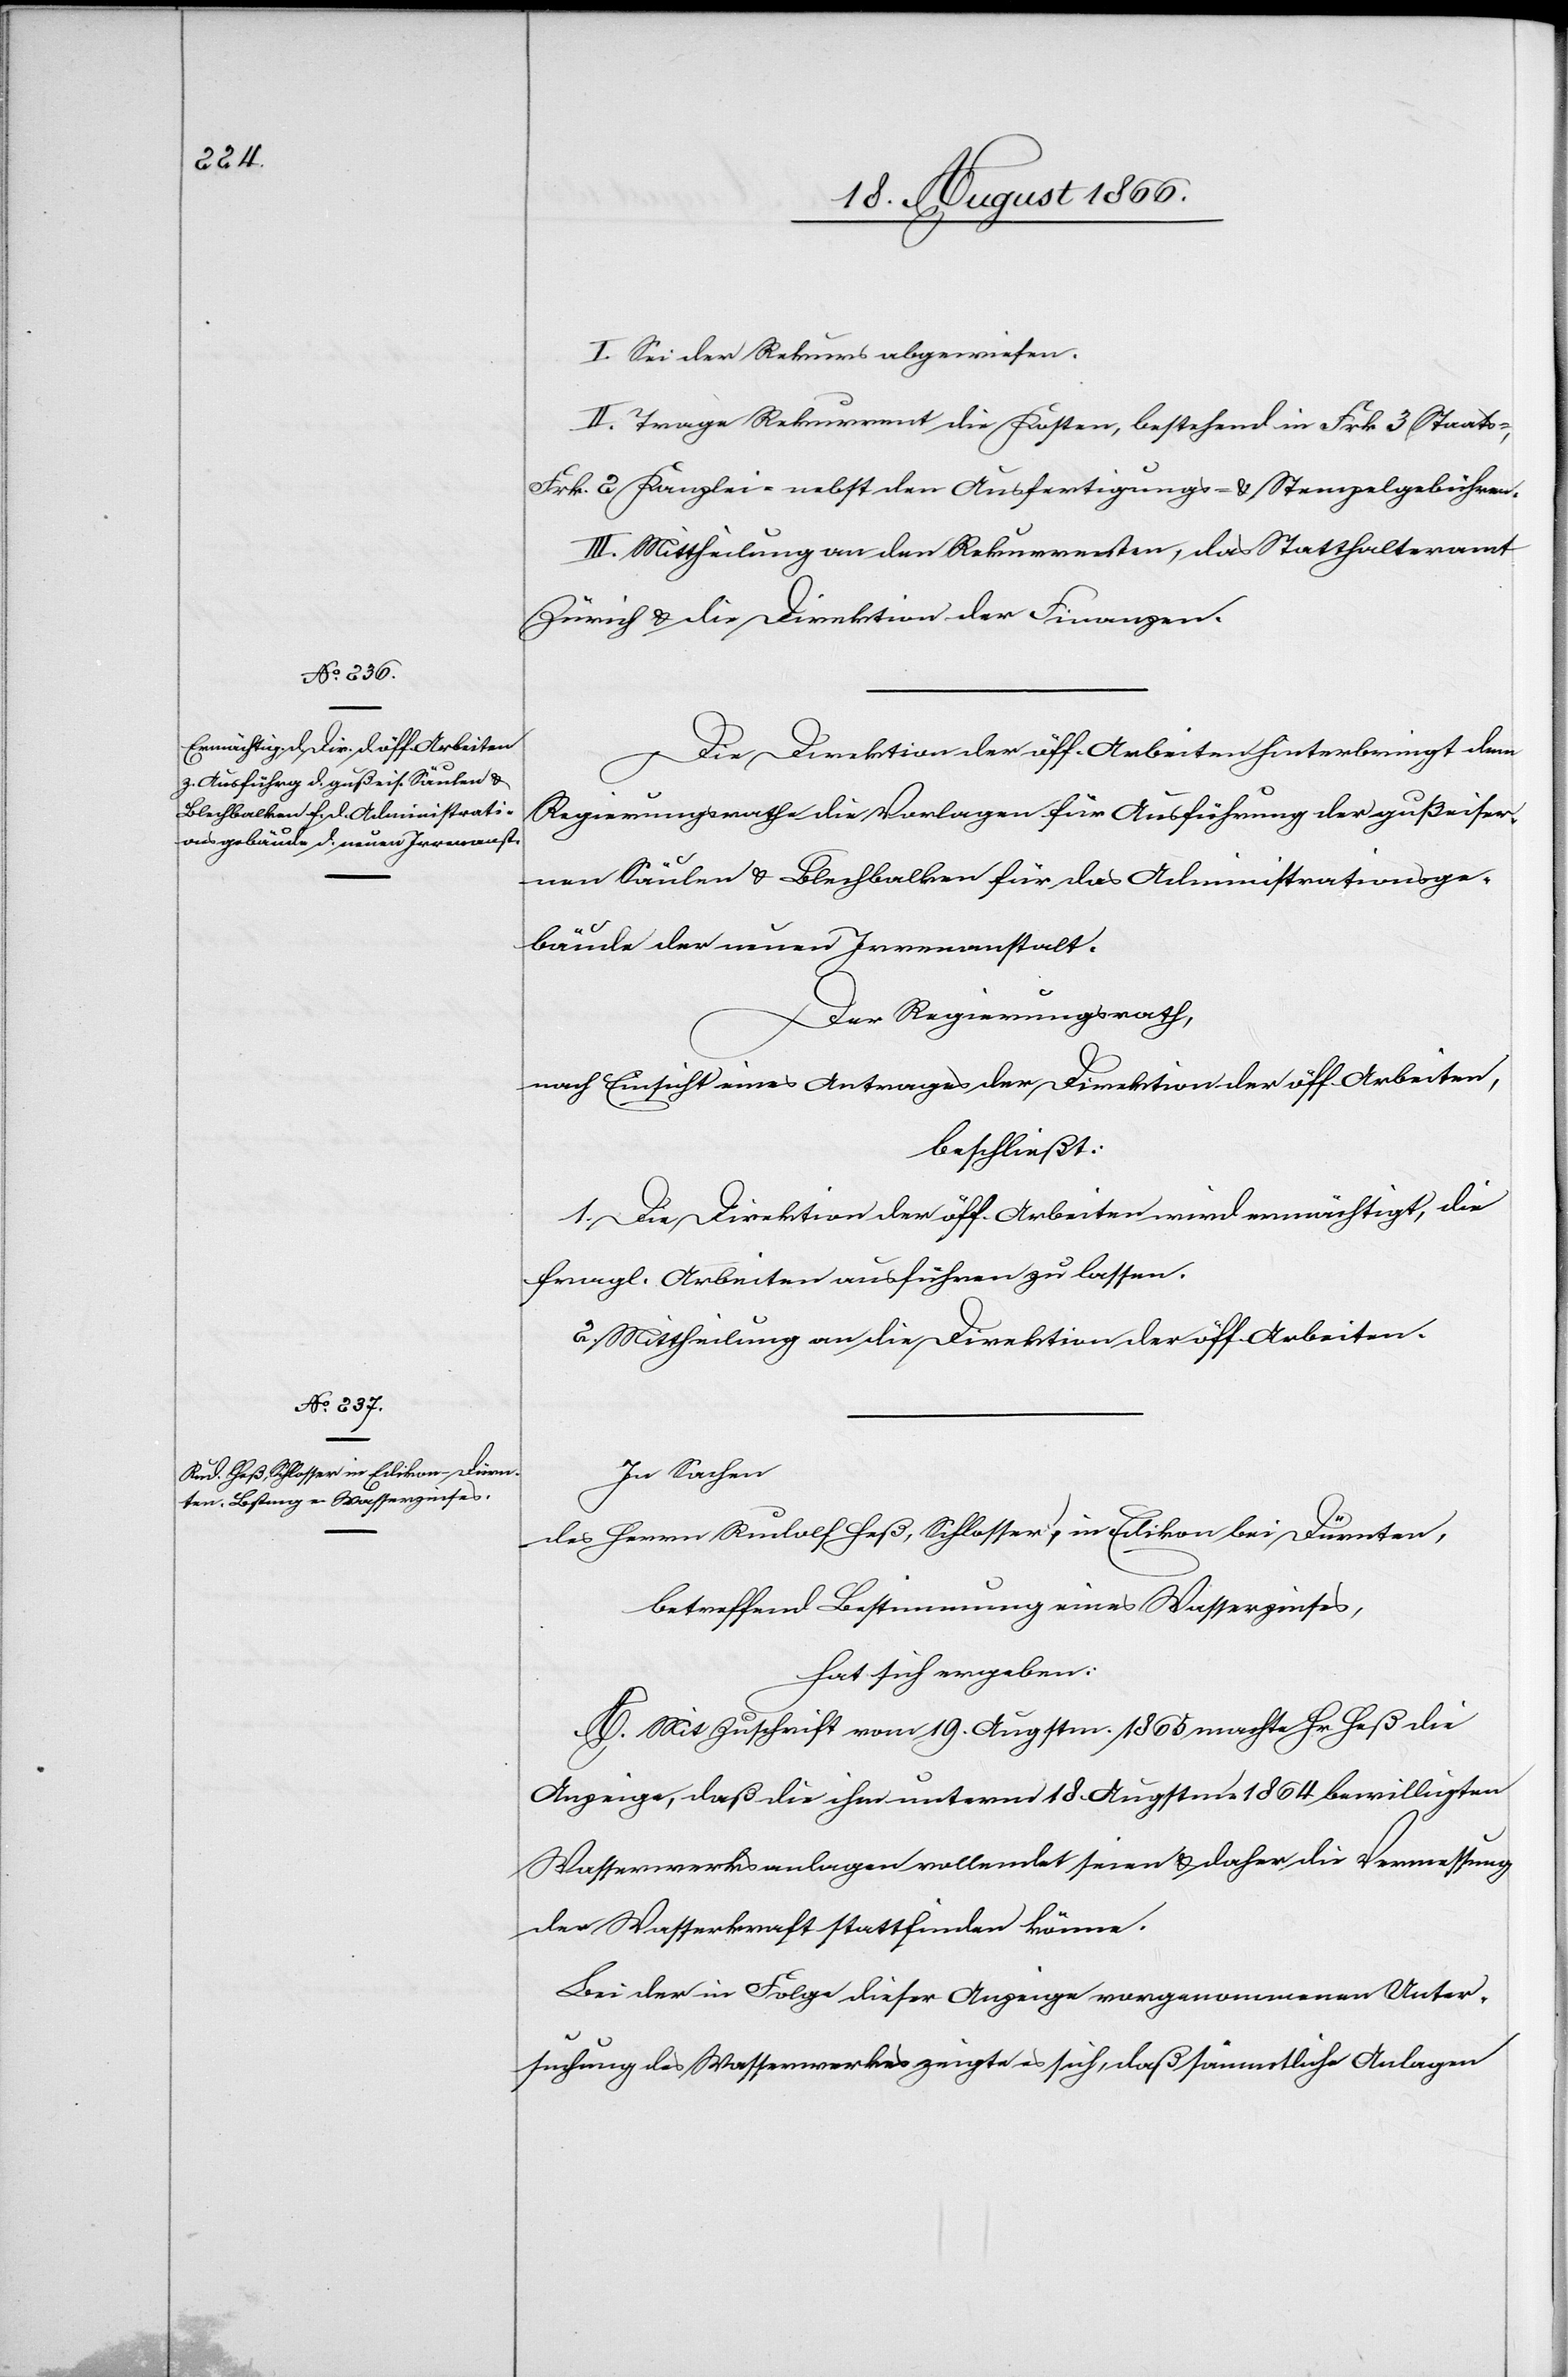
I. Sei der Rekurs abgewiesen.
II. Trage Rekurrent die Kosten, bestehend in Frk. 3 Staats-,
Frk. 2 Kanzlei- nebst den Ausfertigungs- u. Stempelgebühren.
III. Mittheilung an den Rekurrenten, das Statthalteramt
Zürich u. die Direktion der Finanzen.
Die Direktion der öff. Arbeiten hinterbringt dem
Regierungsrathe die Vorlagen für Ausführung der gußeiser¬
nen Säulen u. Blechbalken für das Administrationsge¬
bäude der neuen Irrenanstalt.
Der Regierungsrath,
nach Einsicht eines Antrages der Direktion der öff. Arbeiten,
beschließt:
1. Die Direktion der öff. Arbeiten wird ermächtigt, die
fragl. Arbeiten ausführen zu lassen.
2. Mittheilung an die Direktion der öff. Arbeiten.
In Sachen
des Herrn Rudolf Heß, Schlosser, in Edikon bei Dürnten,
betreffend Bestimmung eines Wasserzinses,
hat sich ergeben:
A. Mit Zuschrift vom 19. Augstm. 1865 machte Hr. Heß die
Anzeige, daß die ihm unterm 18. Augstm’s 1864 bewilligten
Wasserwerksanlagen vollendet seien u. daher die Vermessung
der Wasserkraft stattfinden könne.
Bei der in Folge dieser Anzeige vorgenommenen Unter¬
suchung des Wasserwerkes zeigte es sich, daß sämmtliche Anlagen